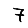
Digit: 7